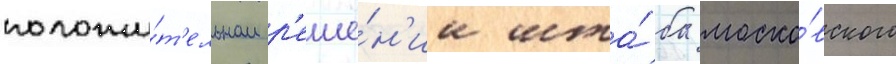
положи́т'ельном р'еше́н'ии шта́ба моско́вского